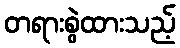
တရားစွဲထားသည့်